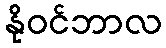
နိုဝင်ဘာလ